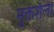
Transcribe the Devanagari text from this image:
मुक्तशैली